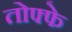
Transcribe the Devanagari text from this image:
तोफ्फे